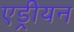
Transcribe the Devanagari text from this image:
एड्रीयन